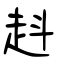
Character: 﨣